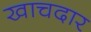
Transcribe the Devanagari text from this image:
खाचदार